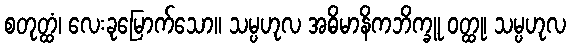
စတုတ္ထံ၊ လေးခုမြောက်သော။ သမ္ပဟုလ အဓိမာနိကဘိက္ခူ ဝတ္ထု၊ သမ္ပဟုလ